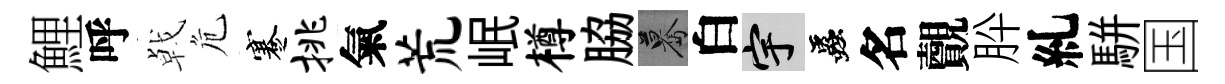
鯉呼㦸危蹇挑氣荒岷樽脇驀白宇蟲名覿肸糺駢国